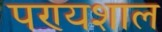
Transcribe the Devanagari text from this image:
पण्यशाल